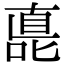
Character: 嗭